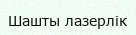
Шашты лазерлік